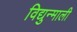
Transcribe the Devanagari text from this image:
विद्युन्माली